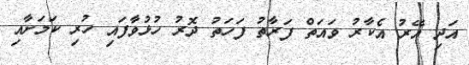
އަދި އޭރު އެކާރު ވައަތް ފަރާތު ފަހަތު ދޮރު ހުޅުވާފައި ހުރި ކަމަށާއި